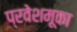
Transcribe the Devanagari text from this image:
प्रवेशमूका